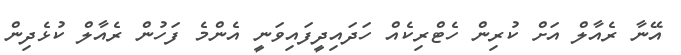
އޭނާ ރެއާލް އަށް ކުރިން ހެޓްރިކެއް ހަދައިދީފައިވަނީ އެންމެ ފަހުން ރެއާލް ކުޅެދިން